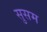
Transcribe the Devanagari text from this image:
सुसम